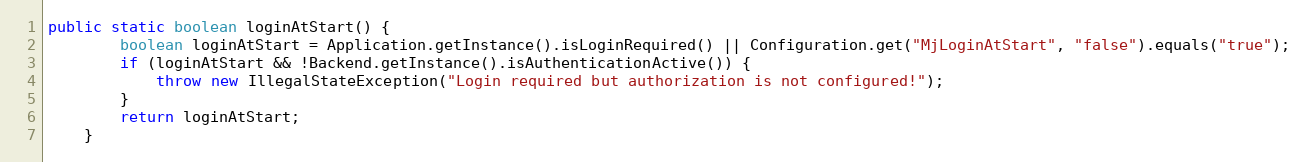
Language: Java
public static boolean loginAtStart() {
		boolean loginAtStart = Application.getInstance().isLoginRequired() || Configuration.get("MjLoginAtStart", "false").equals("true");
		if (loginAtStart && !Backend.getInstance().isAuthenticationActive()) {
			throw new IllegalStateException("Login required but authorization is not configured!");
		}
		return loginAtStart;
	}